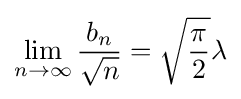
\lim _{n\to \infty }{\frac {b_{n}}{\sqrt {n}}}={\sqrt {\frac {\pi }{2}}}\lambda